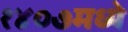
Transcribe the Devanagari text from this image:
१४०७मध्ये